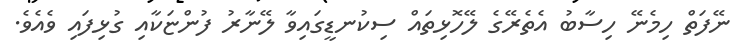
ނޭފަތް ހިމެނޭ ހިސާބު އެތެރޭގެ ލޭހޮޅިތައް ސިކުނޑީގައިވާ ލޭނާރު ފުންޏަކާއި ގުޅިފައި ވެއެވެ.